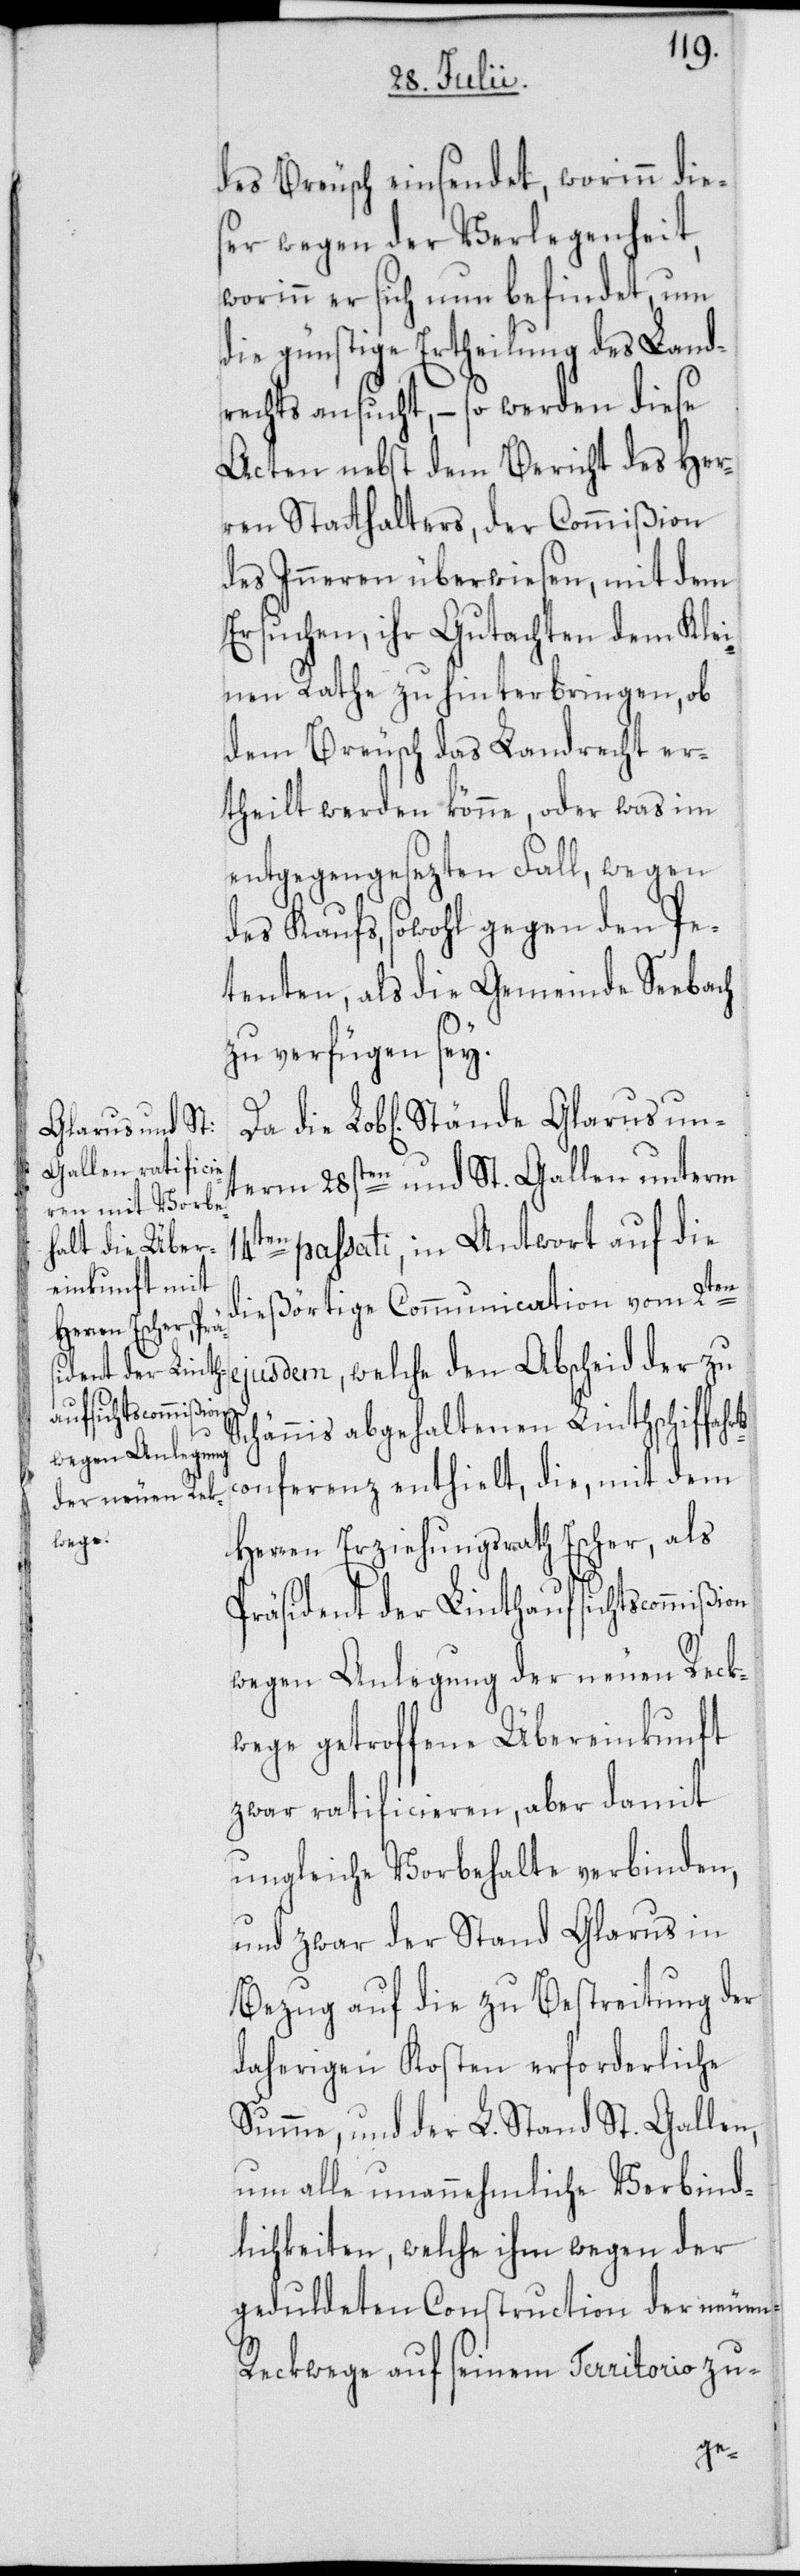
Glarus unt¬

des Breusch einsendet, worinn dies¬
er wegen der Verlegenheit,
worinn er sich nun befindet, um
die günstige Ertheilung des Land¬
rechts ansucht, – so werden diese
Acten nebst dem Bericht des Her¬
ren Statthalters, der Commißion
des Inneren überwiesen, mit dem
Ersuchen, ihr Gutachten dem Klei¬
nen Rathe zu hinterbringen, ob
dem Breusch das Landrecht er¬
theilt werden könne, oder was im
entgegengesezten Fall, wegen
des Kaufs, sowohl gegen den Pe¬
tenten, als die Gemeinde Seebach
zu verfügen sey.
erm 28sten und St. Gallen unterm
14ten passati, in Antwort auf die
dießörtige Communication vom 2ten
ejusdem, welche den Abscheid der zu
chännis abgehaltenen Linthschiffahr¬
onferenz enthielt, die, mit dem
Herren Erziehungsrath Escher, als
Präsdient der Linthaufsichtscommißi¬
wegen Anlegung der neuen Reck¬
wege getroffene Übereinkunft
zwar ratificieren, aber damit
ungleiche Vorbehalte verbinden,
und zwar der Stand Glarus in
Bezug auf die zu Bestreitung der
daherigen Kosten erforderliche
Summe, und der L. Stand St. Gallen,
um alle unannehmliche Verbind¬
lichkeiten, welche ihm wegen der
geduldeten Construction der neuen
Reckwege auf seinem Territorio zu-

on